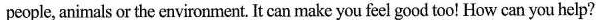
people, animals or the environment. It can make you feel good too! How can you help?